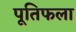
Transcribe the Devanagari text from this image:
पूतिफला